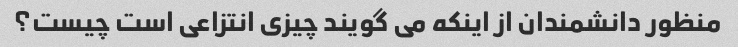
منظور دانشمندان از اینکه می گویند چیزی انتزاعی است چیست؟